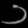
Digit: ၁